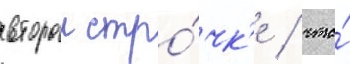
второи стро́чк'е / что́